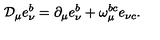
{ \cal D } _ { \mu } e _ { \nu } ^ { b } = \partial _ { \mu } e _ { \nu } ^ { b } + \omega _ { \mu } ^ { b c } e _ { \nu c } .